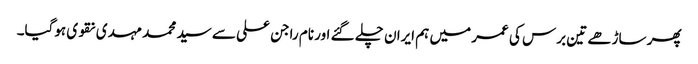
پھر ساڑھے تین برس کی عمر میں ہم ایران چلے گئے اور نام راجن علی سے سید محمد مہدی نقوی ہوگیا۔